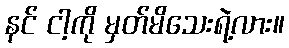
နင် ငါ့ကို မှတ်မိသေးရဲ့လား။